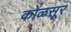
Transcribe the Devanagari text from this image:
कोळसूर